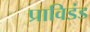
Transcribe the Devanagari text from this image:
प्राविडंड